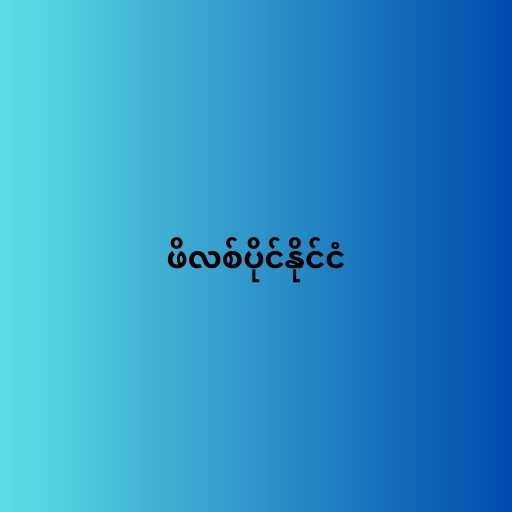
ဖိလစ်ပိုင်နိုင်ငံ